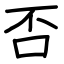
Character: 否